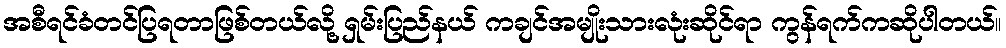
အစီရင်ခံတင်ပြရတာဖြစ်တယ်လို့ ရှမ်းပြည်နယ် ကချင်အမျိုးသားလုံးဆိုင်ရာ ကွန်ရက်ကဆိုပါတယ်။